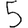
Digit: 5